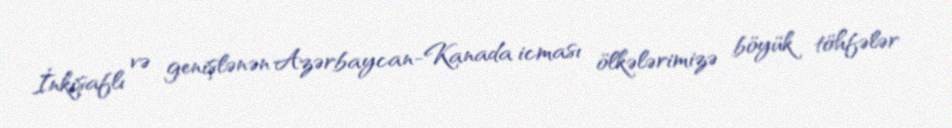
İnkişaflı və genişlənən Azərbaycan-Kanada icması ölkələrimizə böyük töhfələr